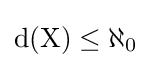
{\rm {{d}(X)\leq \aleph _{0}}}